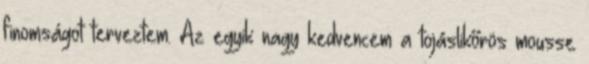
finomságot terveztem. Az egyik nagy kedvencem a tojáslikőrös mousse